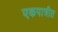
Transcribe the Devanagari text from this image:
एकपात्रीत